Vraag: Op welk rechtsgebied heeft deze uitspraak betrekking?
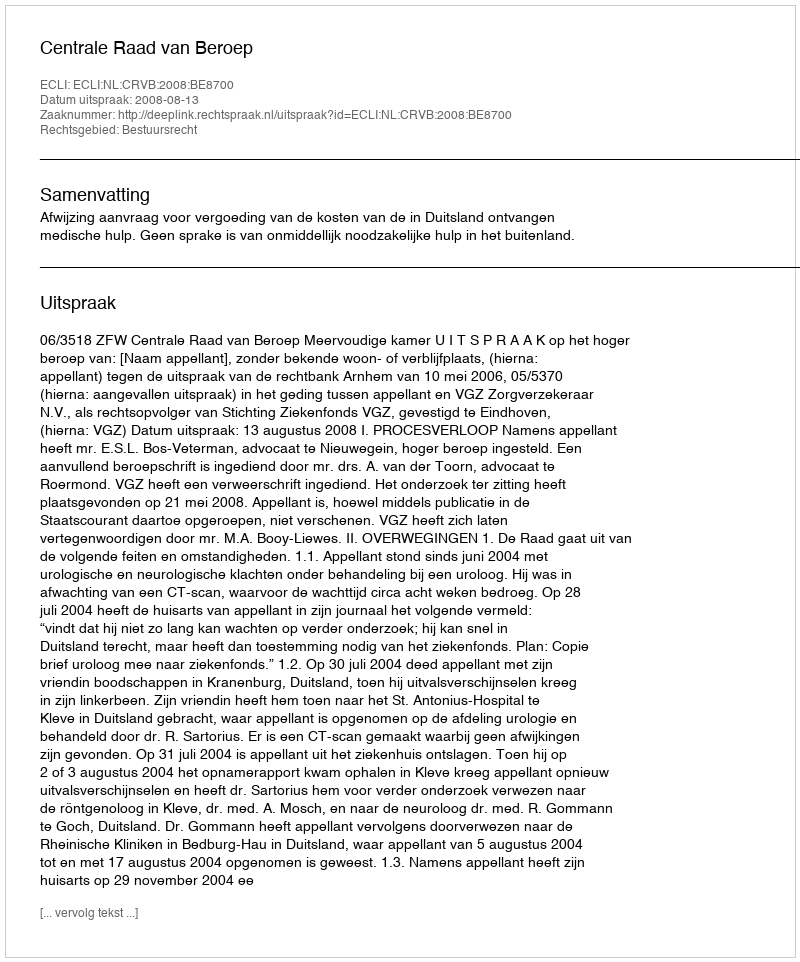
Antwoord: Bestuursrecht